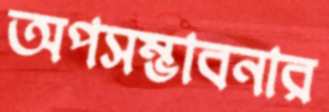
অপসম্ভাবনার